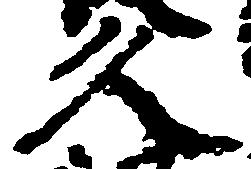
久